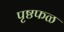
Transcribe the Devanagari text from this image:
पृष्ठफळ